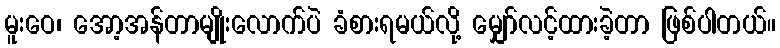
မူးဝေ၊ အော့အန်တာမျိုးလောက်ပဲ ခံစားရမယ်လို့ မျှော်လင့်ထားခဲ့တာ ဖြစ်ပါတယ်။